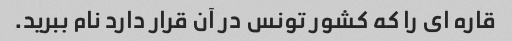
قاره ای را که کشور تونس در آن قرار دارد نام ببرید.